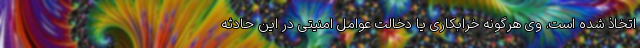
اتخاذ شده است. وی هرگونه خرابکاری یا دخالت عوامل امنیتی در این حادثه